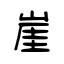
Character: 崖